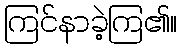
ကြင်နာခဲ့ကြ၏။